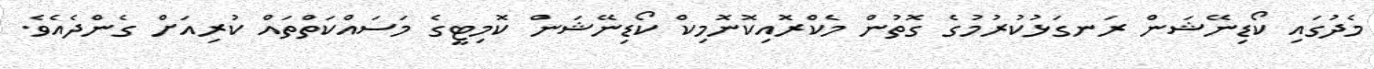
މެދުގައި ކޯޑިނޭޝަން ރަނގަޅުކުރުމުގެ ގޮތުން މެކްރޮއިކޮނޮމިކް ކޯޑިނޭޝަން ކޮމިޓީގެ މަސައްކަތްތައް ކުރިއަށް ގެންދެއެވެ.